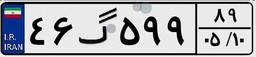
۰۶گ۵۳۲۰۲